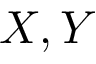
X , Y